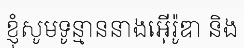
ខ្ញុំសូមទូន្មាននាងអ៊ើរ៉ូឌា និង